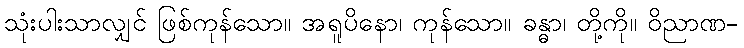
သုံးပါးသာလျှင် ဖြစ်ကုန်သော။ အရူပိနော၊ ကုန်သော။ ခန္ဓာ၊ တို့ကို။ ဝိညာဏ-